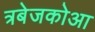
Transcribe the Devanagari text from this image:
त्रबेजकोआ